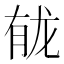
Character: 𫜲